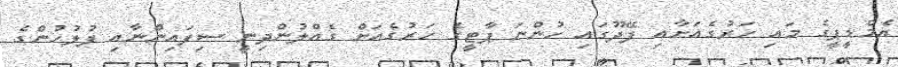
އެމްޑީޕީގެ މައި ހަރުގެއަށާއި ފޭދޫގައި ހުންނަ ޕާޓީގެ ހަރުގެއަށް ގެއްލުންދިނީ ސިފައިންނާއި ފުލުހުންގެ